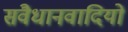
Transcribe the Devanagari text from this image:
संवैधानवादियों